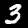
Digit: 3